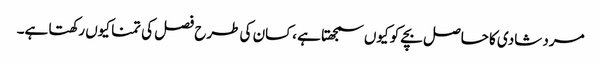
مرد شادی کا حاصل بچے کو کیوں سمجھتا ہے ،کسان کی طرح فصل کی تمنا کیوں رکھتا ہے۔